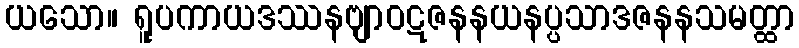
ယသော။ ရူပကာယဒဿနဗျာဝဋဇနနယနပ္ပသာဒဇနနသမတ္ထာ